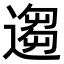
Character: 𫐻